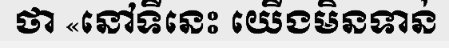
ថា «នៅទីនេះ យើងមិនទាន់